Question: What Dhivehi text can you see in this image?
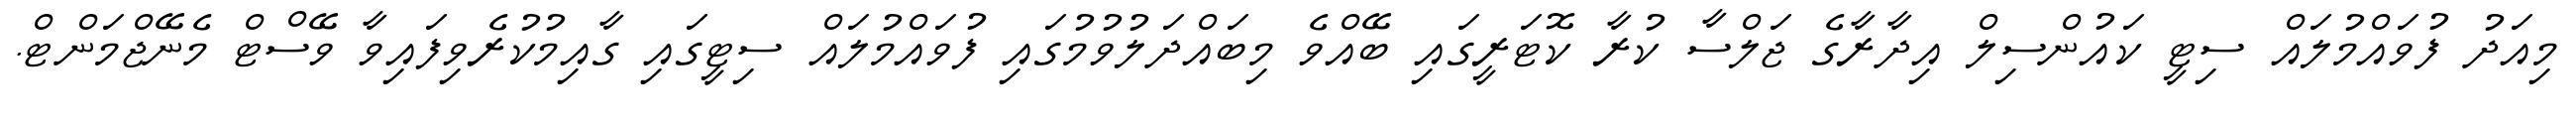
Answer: މިއަދު ފުވައްމުލައް ސިޓީ ކައުންސިލް އިދާރާގެ ޖަލްސާ ކުރާ ކޮޓަރީގައި ބޭއްވެ މިބައްދަލުވުމުގައި ފުވައްމުލައް ސިޓީގައި ގާއިމުކުރެވިފައިވާ ވޭސްޓް މެނޭޖްމަންޓް.